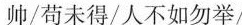
帅/苟未得/人不如匆举/